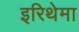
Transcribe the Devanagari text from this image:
इरिथेमा